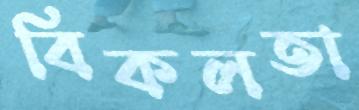
বিকলতা